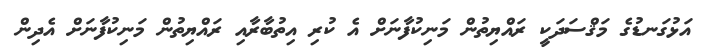
އަޅުގަނޑުގެ މަޤްސަދަކީ ރައްޔިތުން މަނިކުފާނަށް އެ ކުރި އިތުބާރާއި ރައްޔިތުން މަނިކުފާނަށް އެދިން